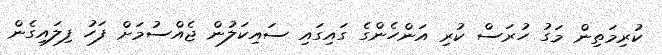
ކުރިމަތިން މަގު ހުރަސް ކުރި އަންހެންގެ ގައިގައި ސައިކަލުން ޖެއްސުމަށް ފަހު ފިލައިގެން